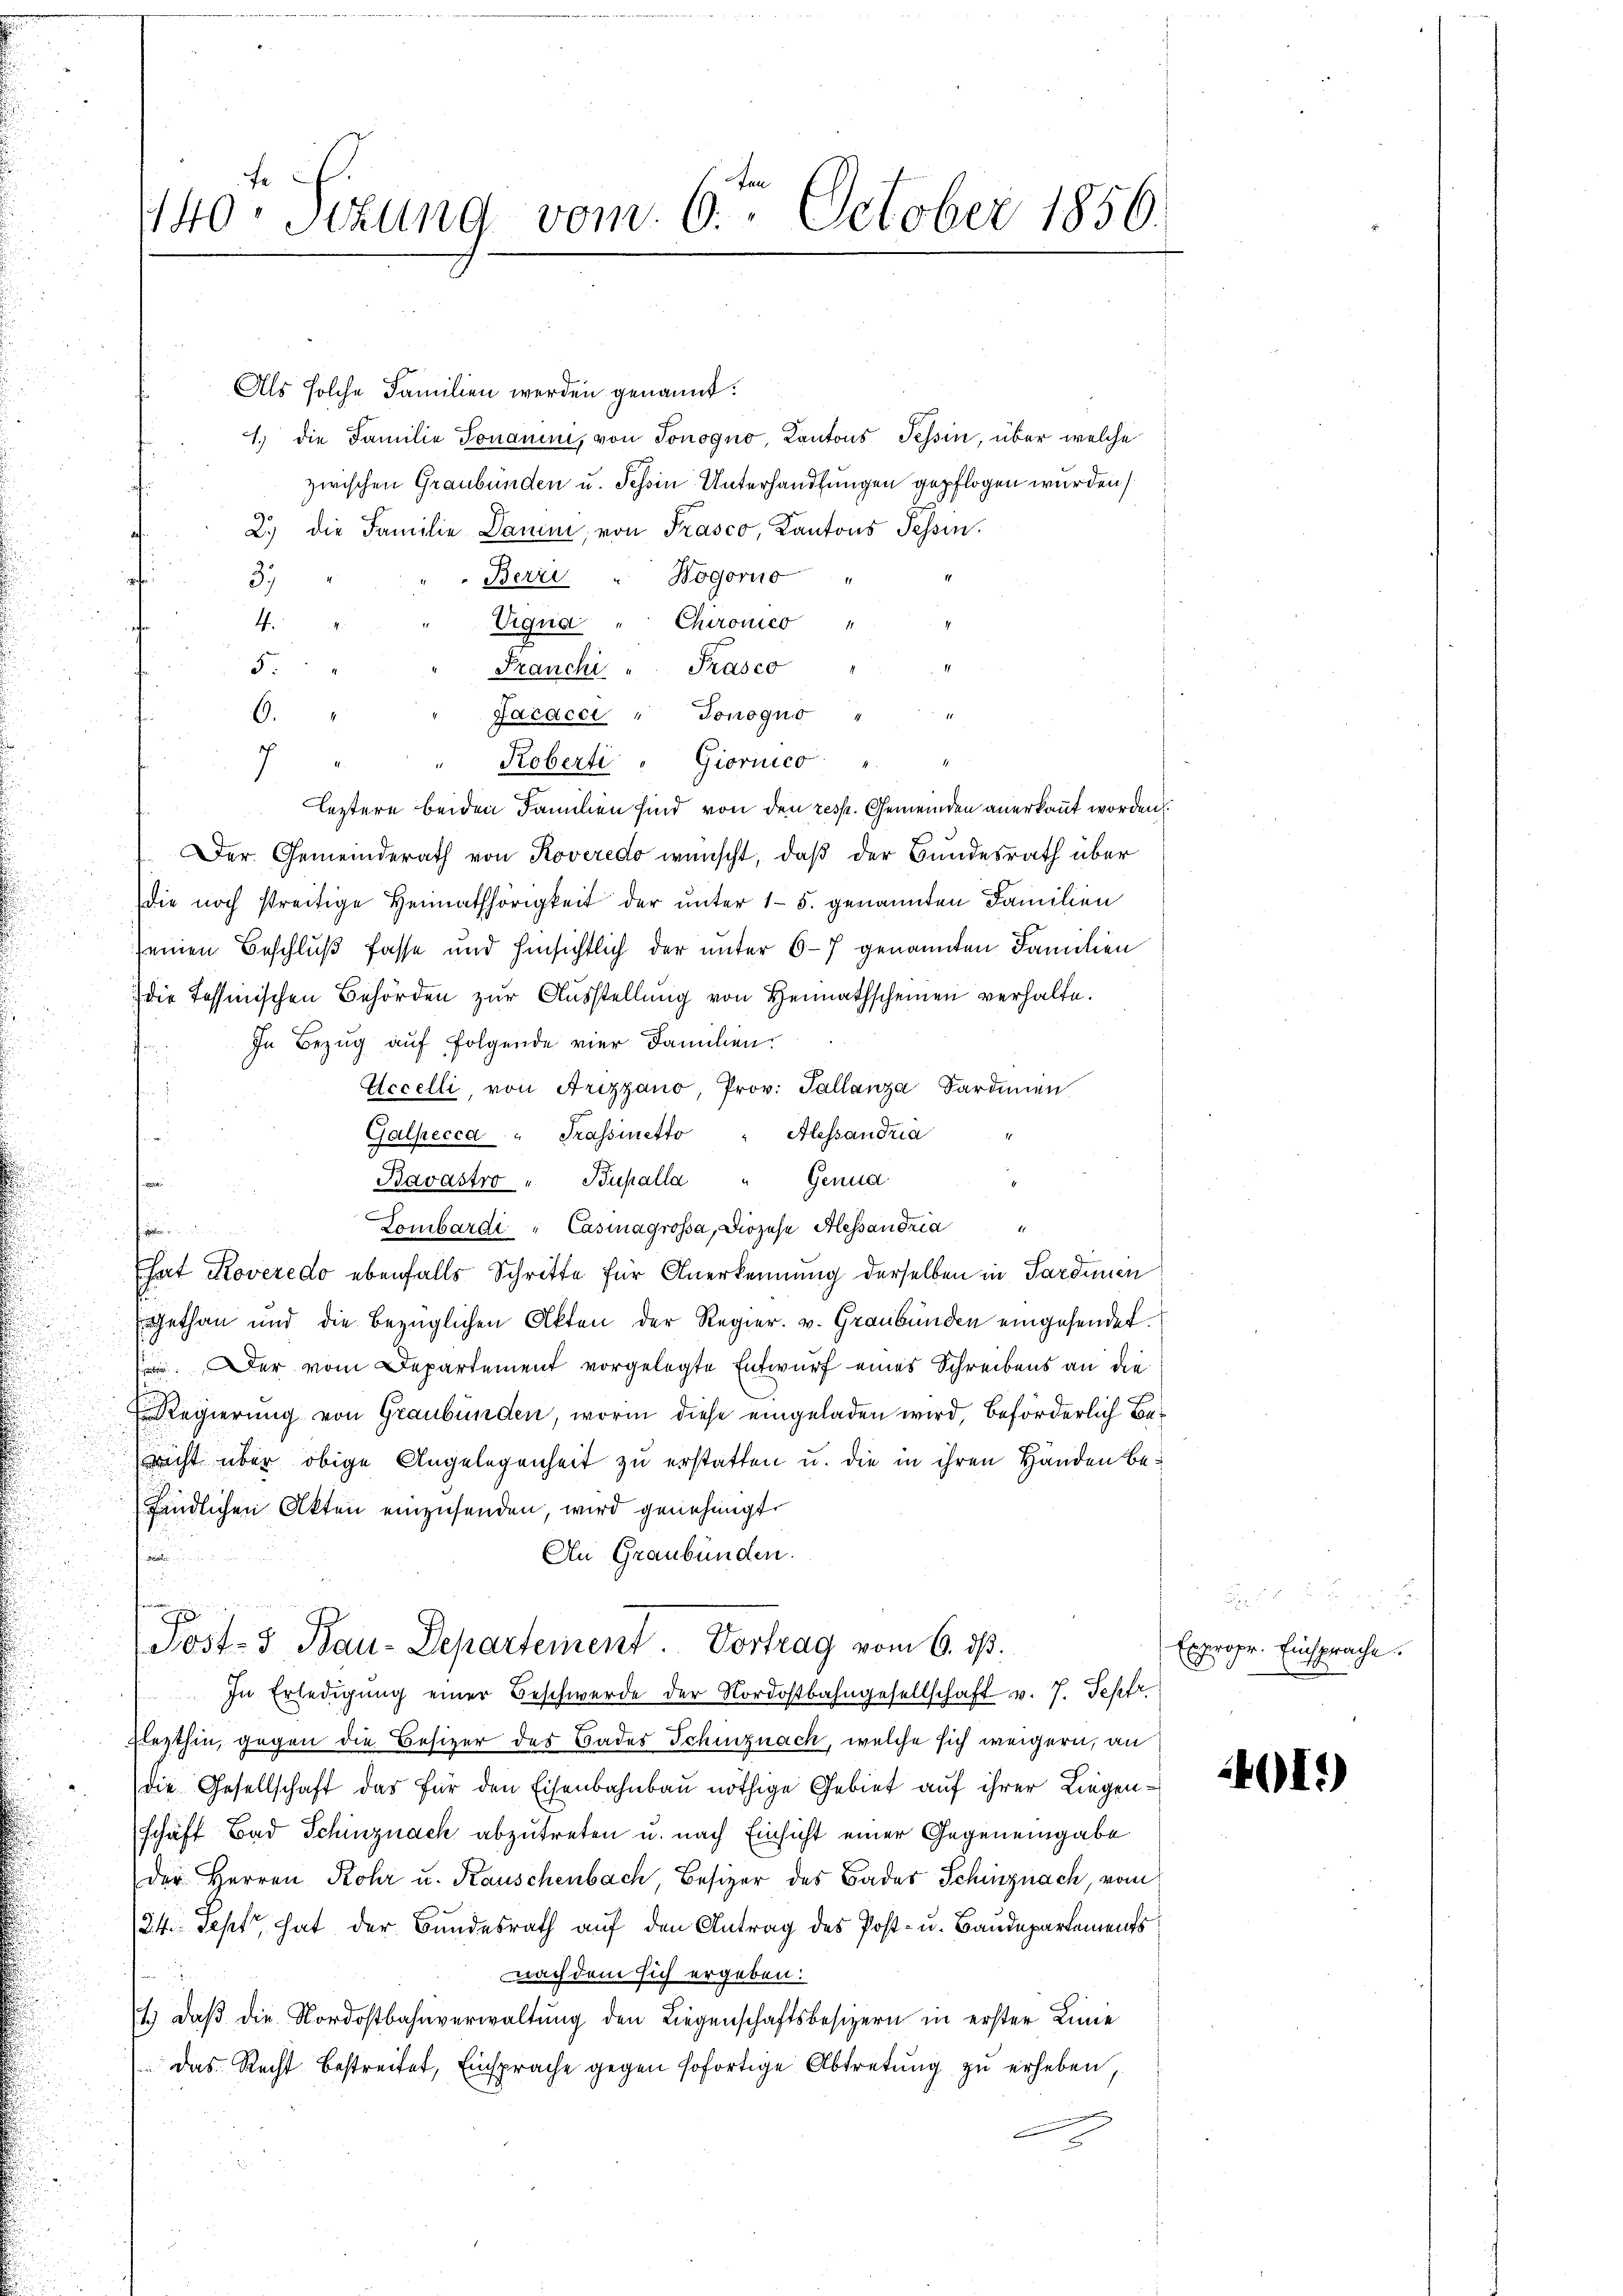
fe
140. Sitzung vom 6. October 1856.

Als solche Familien werden genannt:
1.) die Familie Jonanini, von Jonogno Cantons Tessin, über welche
zwischen Graubünden u. Schein Unterhandlungen gepflogen wurden
2.) die Familie Darin, von Frasco, Kantons Tessin.
Wogorno
t
Berri
3
Chironico
"Uiqua
4.
¬
5.
Franchi " Prasco
6.
Jacacci " Jonogno "
7
Roberti . Giorico "
Leztere beiden Familien sind von den resp. Gemeinden anerkannt worden.
Der Gemeinderath von Roveredo wünscht, daß der Bundesrath über
die noch streitige Heimathörigkeit der unter 15. genannten Familien
seinen Beschluß fasse und hinsichtlich der unter 6-7 genannten Familien
die Tessinischen Behörden zur Ausstellung von Heimathscheinen verhalte.
In Bezug auf folgende vier Familien.
Accelli, von Arizzano, Prov. Tallanza Sardinen
Galpecca " Trassinetto " Alessandria
Bavastro " Bupalla " Genua
.
Lombardi "Casinagrossa, Diözese Alessan Fria
f
hat Roveredo ebenfalls Schritte für Anerkennung derselben in Pardien
Egethan und die bezüglichen Akten der Regier. v. Graubünden eingesendet.
. Der vom Departement vorgelegte Entwurf eines Schreibens an die
Regierung von Graubünden, worin diese eingeladen wird, beförderlich Benicht über obige Angelegenheit zu erstatten u. die in ihren Händen befändlichen Akten einzusenden, wird genehmigt.
An Graubünden.

frieden
.
Post- & Bau-Departement. Vortrag vom 6. ds.
In Erledigung einer Beschwerde der Nordostbahngesellschaft v. 7. Sepfr
Flezthin, gegen die Besizer des Bades Schinznach, welche sich weigern, an
die Gesellschaft das für den Eisenbahnbau nöthige Gebiet auf ihrer Liegenschäft Bad Schinznach abzutreten u. nach Einsicht einer Gegeneingabe
der Herren Rohr u. Kauschenbach, Besizer des Bades Schinznach, vom
24. Sept, hat der Bundesrath auf den Antrag des Post- u. Baudepartements
nach dem sich ergeben:
2.) Daß die Nordostbahnverwaltung den Liegenschaftsbesizern in erster Linie
das Recht bestreitet, Einsprache gegen sofortige Abtretŭng zŭ erheben,

Expropr. Einsprache

401)